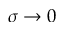
\sigma \rightarrow 0